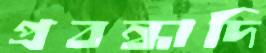
প্রবন্ধাদি